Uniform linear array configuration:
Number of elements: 8
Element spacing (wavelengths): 0.75
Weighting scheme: hann
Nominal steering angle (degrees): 0
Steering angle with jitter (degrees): -1.976
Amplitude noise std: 0.05
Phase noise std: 0.05

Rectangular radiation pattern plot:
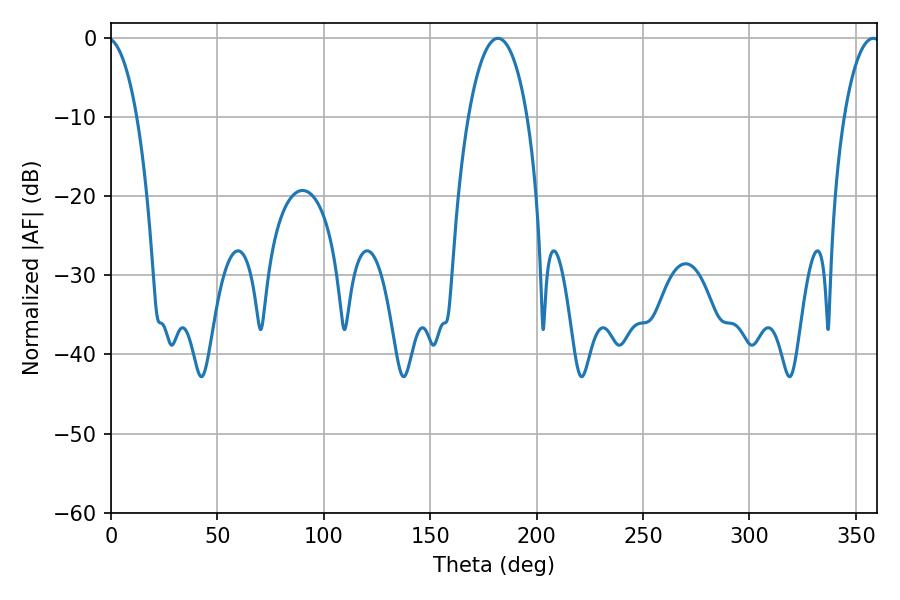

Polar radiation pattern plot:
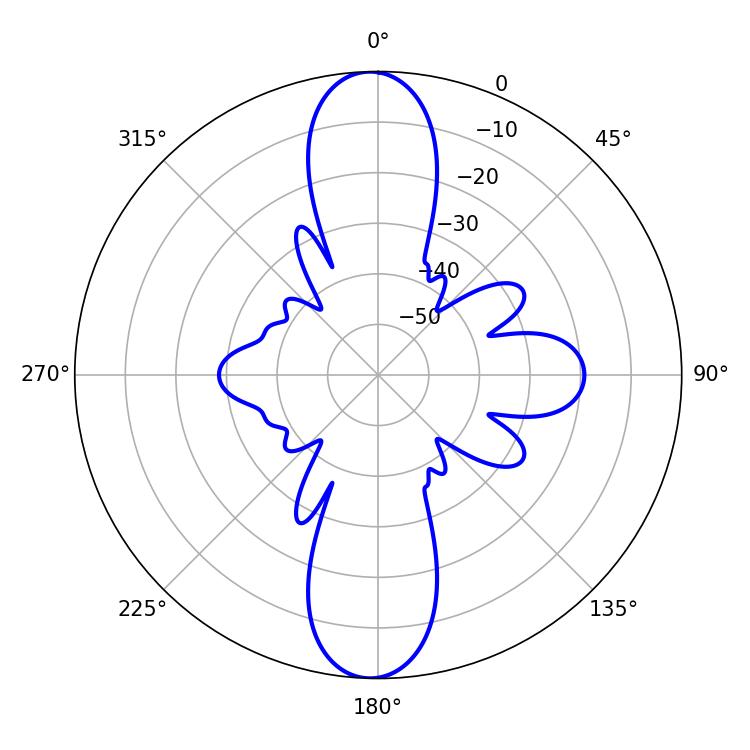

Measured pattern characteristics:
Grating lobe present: TRUE
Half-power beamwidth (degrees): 15.48
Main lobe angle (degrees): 181.8